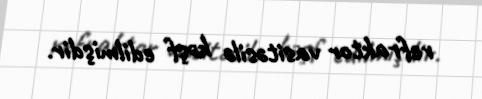
refraktor vasitəsilə kəşf edilmişdir.